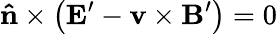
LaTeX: {\mathbf{\hat{n}}}\times\left({{\mathbf{E^{\prime}}}-{\mathbf{v}}\times{\mathbf{B^{\prime}}}}\right)=0